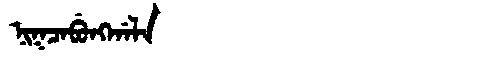
Manchu: ᠨᡳᡴᠴᠠᠪᡠᠩᡤᠠᠯᠠ
Romanization: NIKCABUNGGALA